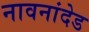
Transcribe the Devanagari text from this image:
नावनांदेड